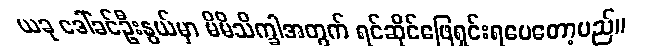
ယခု ဒေါ်ခင်ဦးနွယ်မှာ မိမိသိက္ခါအတွက် ရင်ဆိုင်ဖြေရှင်းရပေတော့မည်။